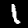
Label: 1